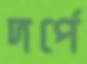
দর্পে